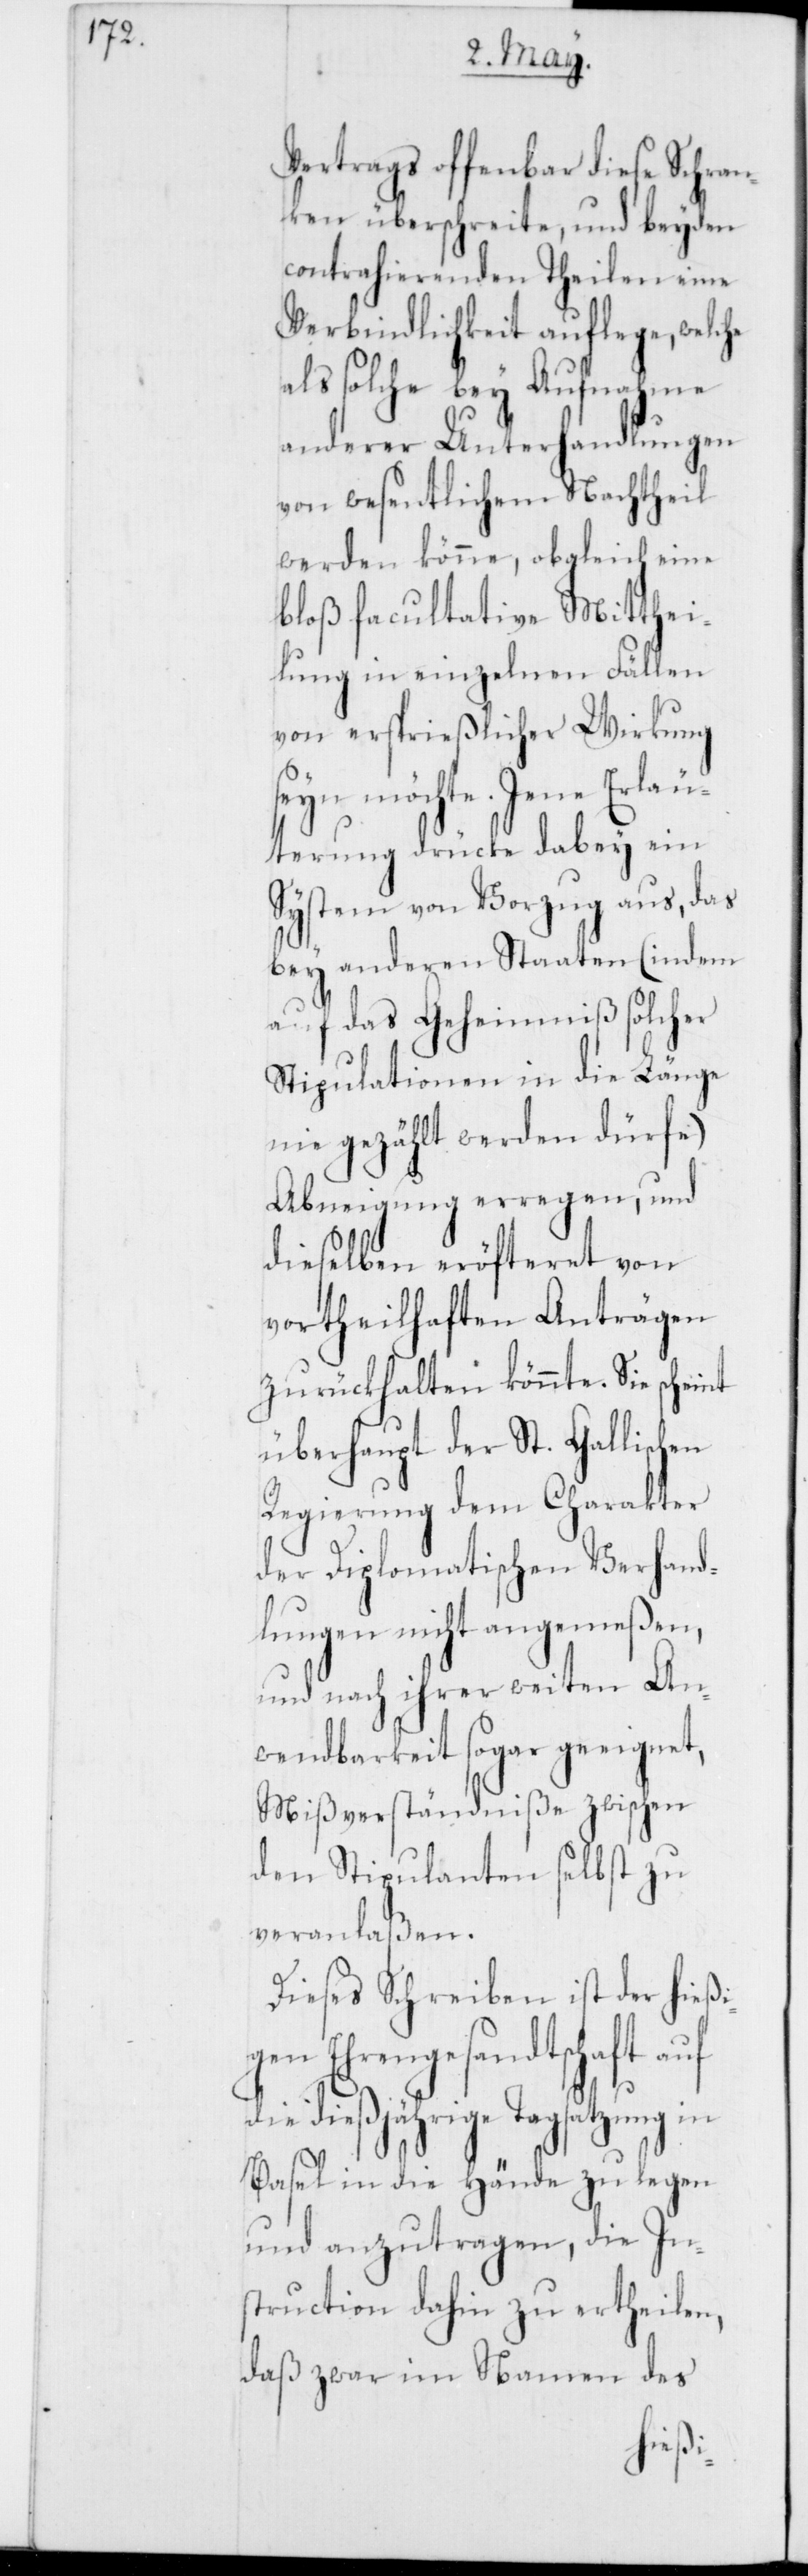
Vertrags offenbar diese Schran¬
ken überschreite, und beyden
contrahierenden Theilen eine
Verbindlichkeit auflege, welche
als solche bey Aufnahme
anderer Unterhandlungen
von wesentlichem Nachtheil
werden könne, obgleich eine
bloß facultative Mitthei¬
lung in einzelnen Fällen
von ersprießlicher Wirkung
seyn möchte. Jene Erläu¬
terung drücke dabey ein
System von Vorzug aus, das
bey anderen Staaten (indem
auf das Geheimniß solcher
Stipulationen in die Länge
nie gezählt werden dürfe)
Abneigung erregen, und
dieselben eröfteret von
vortheilhaften Anträgen
zurückhalten könnte. Sie scheint
überhaupt der St. Gallischen
Regierung dem Charakter
der Diplomatischen Verhand¬
lungen nicht angemeßen,
und nach ihrer weiten An¬
wendbarkeit sogar geeignet,
Mißverständniße zwischen
den Stipulanten selbst zu
veranlaßen.
Dieses Schreiben ist der hießi¬
gen Ehrengesandtschaft auf
die diesjährige Tagsatzung in
Basel in die Hände zu legen
und anzutragen, die In¬
struction dahin zu ertheilen,
daß zwar im Namen des